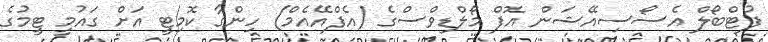
ފުޓްބޯލް އެސޯސިއޭޝަން އޮފް މޯލްޑިވްސްގެ (އެފްއޭއެމް) ހިންގާ ކޮމިޓީ އަށް ގައުމީ ޓީމުގެ